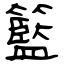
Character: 籃